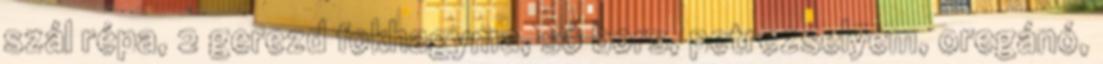
szál répa, 2 gerezd fokhagyma, só bors, petrezselyem, oregánó,